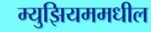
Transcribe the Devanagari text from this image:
म्युझियममधील